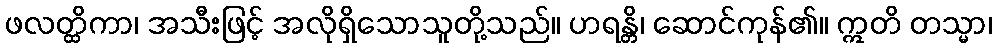
ဖလတ္ထိကာ၊ အသီးဖြင့် အလိုရှိသောသူတို့သည်။ ဟရန္တိ၊ ဆောင်ကုန်၏။ ဣတိ တသ္မာ၊